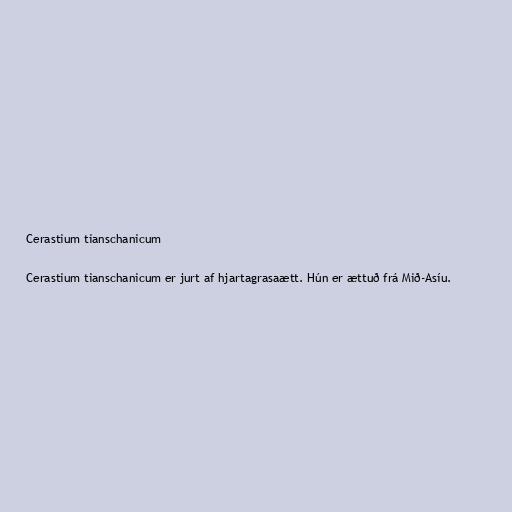
Cerastium tianschanicum

Cerastium tianschanicum er jurt af hjartagrasaætt. Hún er ættuð frá Mið-Asíu.